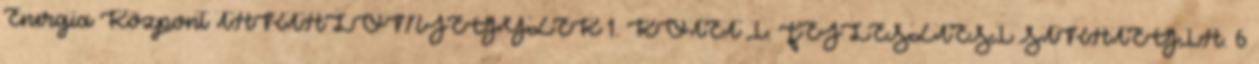
Energia Központ TARTALOMJEGYZÉK 1. KÖTET I. FEJLESZTÉSI STRATÉGIA. 6